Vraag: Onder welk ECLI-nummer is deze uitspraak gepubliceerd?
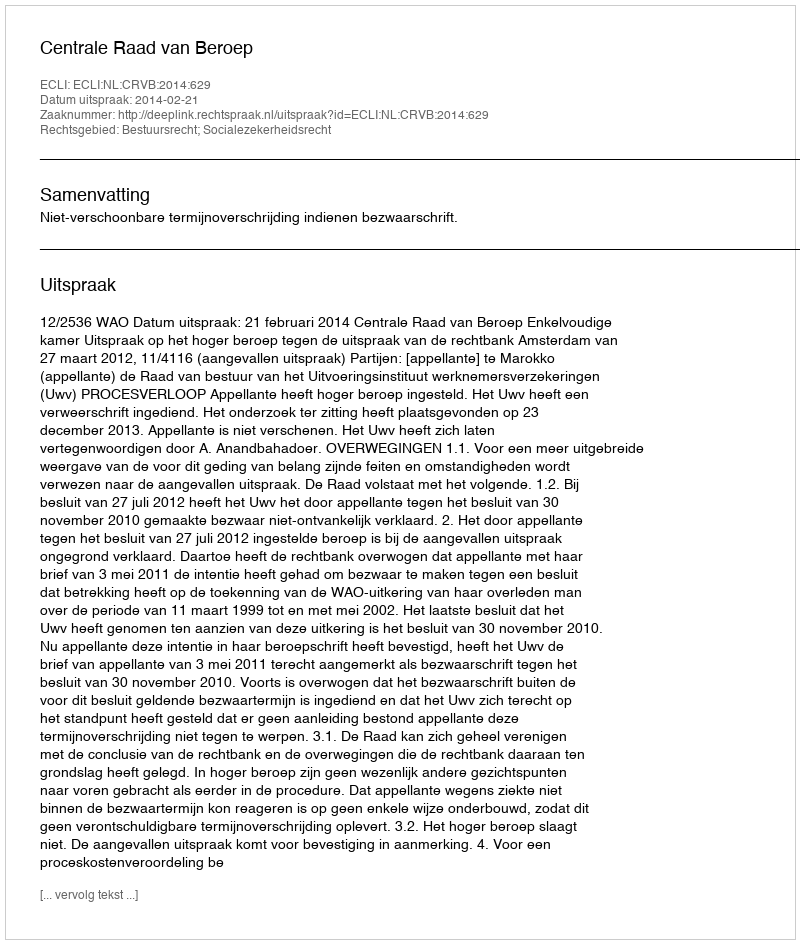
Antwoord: ECLI:NL:CRVB:2014:629